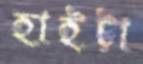
হাইট্টা